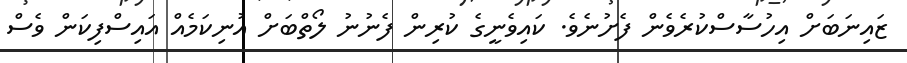
ޒައިނަބަށް އިހުސާސްކުރެވެން ފެށުނެވެ. ކައިވެނީގެ ކުރިން ފެނުނު ލޯތްބަށް އުނިކަމެއް އައިސްފިކަން ވެސް